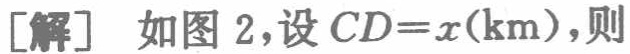
[解] 如图 2,设 \(CD = x(\text{km})\),则